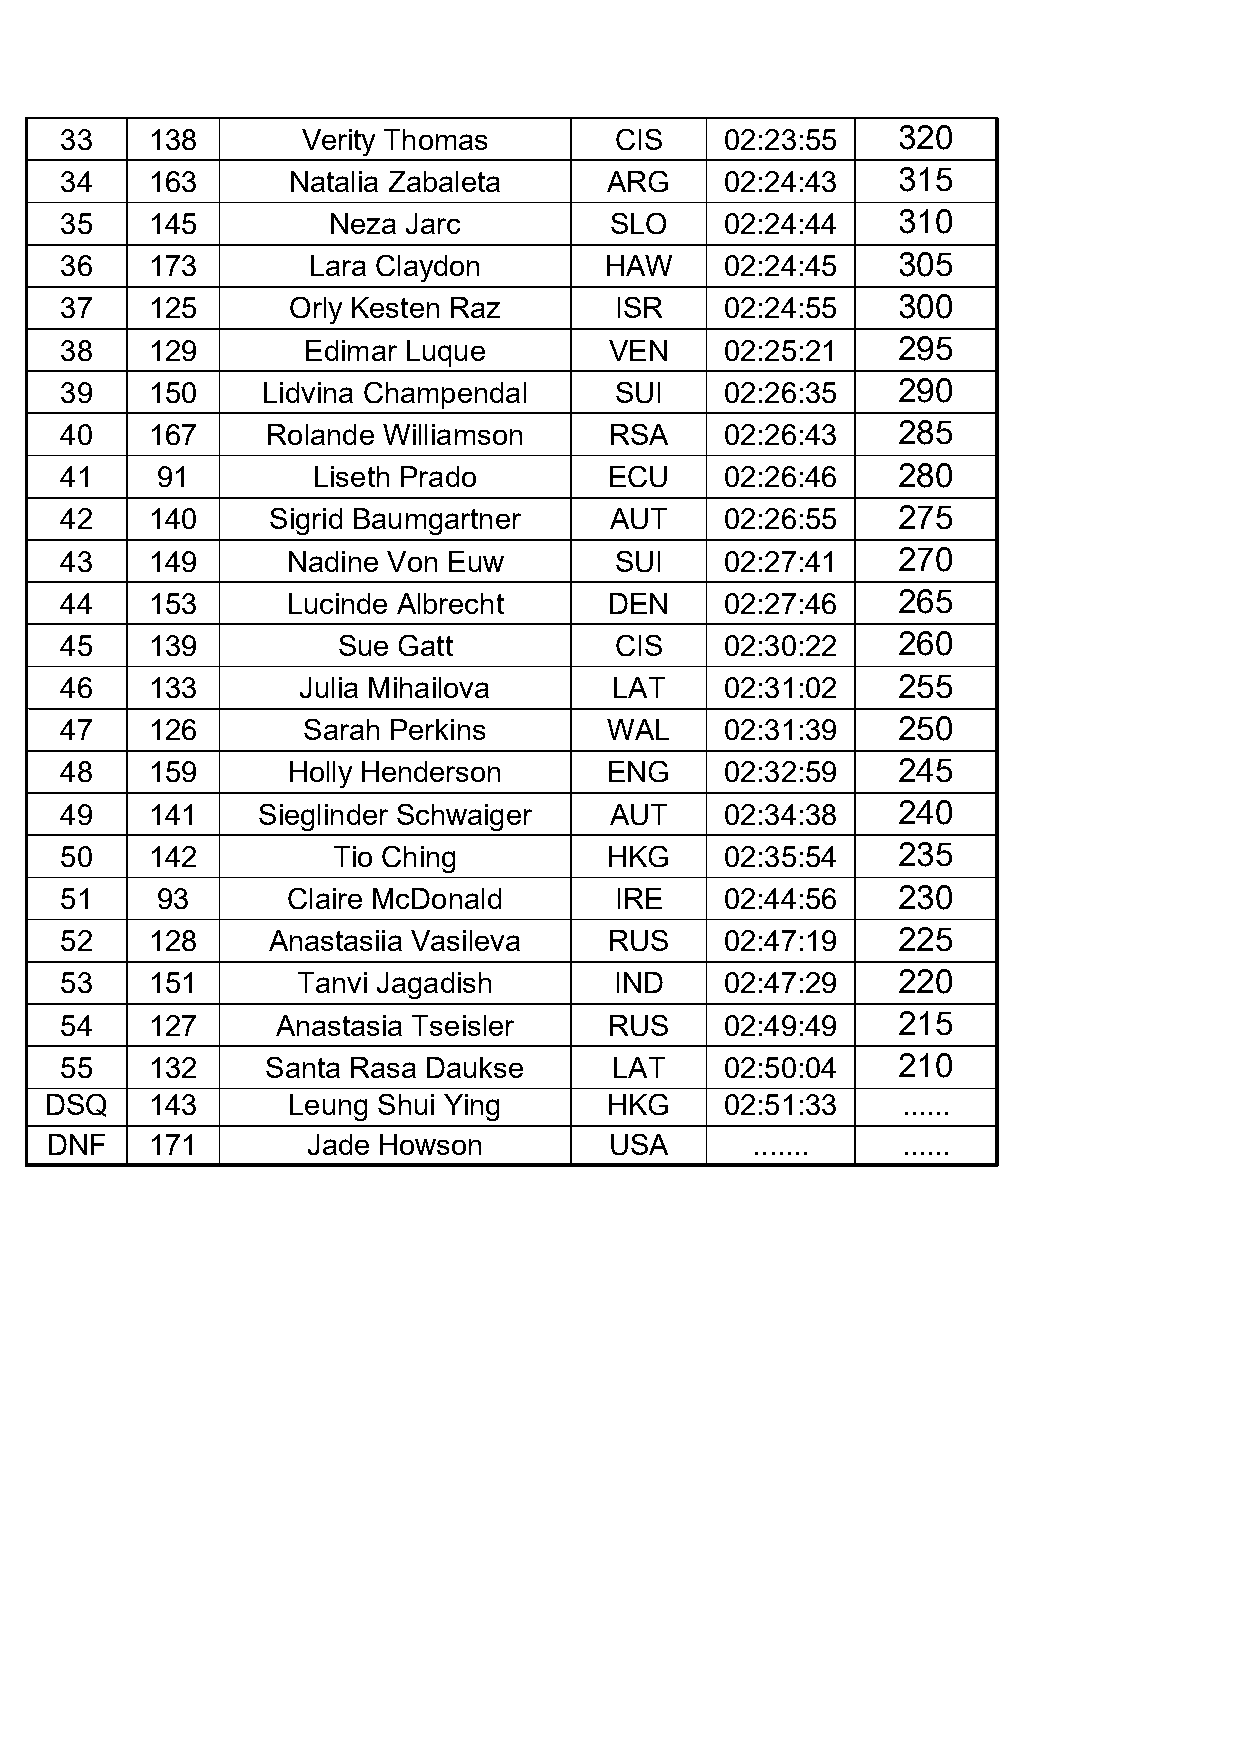
33    138       Verity Thomas        CIS    02:23:55   320
 34    163      Natalia Zabaleta     ARG     02:24:43   315
 35    145         Neza Jarc         SLO     02:24:44   310
 36    173       Lara Claydon        HAW     02:24:45   305
 37    125      Orly Kesten Raz       ISR    02:24:55   300
 38    129       Edimar Luque        VEN     02:25:21   295
 39    150    Lidvina Champendal      SUI    02:26:35   290
 40    167     Rolande Williamson    RSA     02:26:43   285
 41    91         Liseth Prado       ECU     02:26:46   280
 42    140     Sigrid Baumgartner    AUT     02:26:55   275
 43    149      Nadine Von Euw        SUI    02:27:41   270
 44    153      Lucinde Albrecht     DEN     02:27:46   265
 45    139         Sue Gatt           CIS    02:30:22   260
 46    133       Julia Mihailova      LAT    02:31:02   255
 47    126       Sarah Perkins       WAL     02:31:39   250
 48    159      Holly Henderson      ENG     02:32:59   245
 49    141    Sieglinder Schwaiger   AUT     02:34:38   240
 50    142         Tio Ching         HKG     02:35:54   235
 51    93       Claire McDonald       IRE    02:44:56   230
 52    128     Anastasiia Vasileva   RUS     02:47:19   225
 53    151       Tanvi Jagadish       IND    02:47:29   220
 54    127     Anastasia Tseisler    RUS     02:49:49   215
 55    132     Santa Rasa Daukse      LAT    02:50:04   210
 DSQ    143      Leung Shui Ying      HKG     02:51:33    ......
 DNF    171       Jade Howson         USA       .......   ......